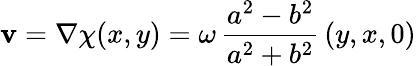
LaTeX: {\mathbf v}=\nabla\chi(x,y)=\omega\, \frac{a^{2}-b^{2}}{a^{2}+b^{2}}\, (y,x,0)